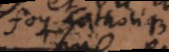
foy Catholique